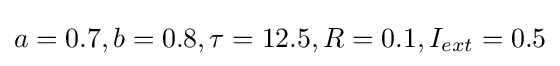
a=0.7,b=0.8,\tau =12.5,R=0.1,I_{ext}=0.5